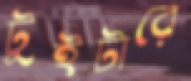
টুইটারে